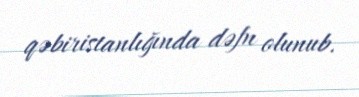
qəbiristanlığında dəfn olunub.